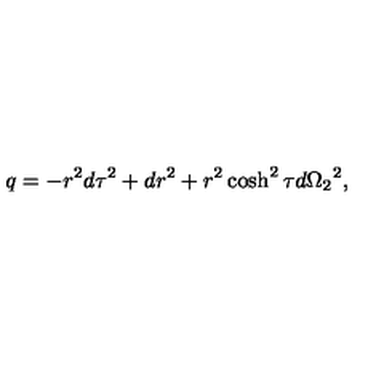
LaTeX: q = - r ^ { 2 } d \tau ^ { 2 } + d r ^ { 2 } + r ^ { 2 } \cosh ^ { 2 } \tau d \Omega _ { 2 } { } ^ { 2 } ,